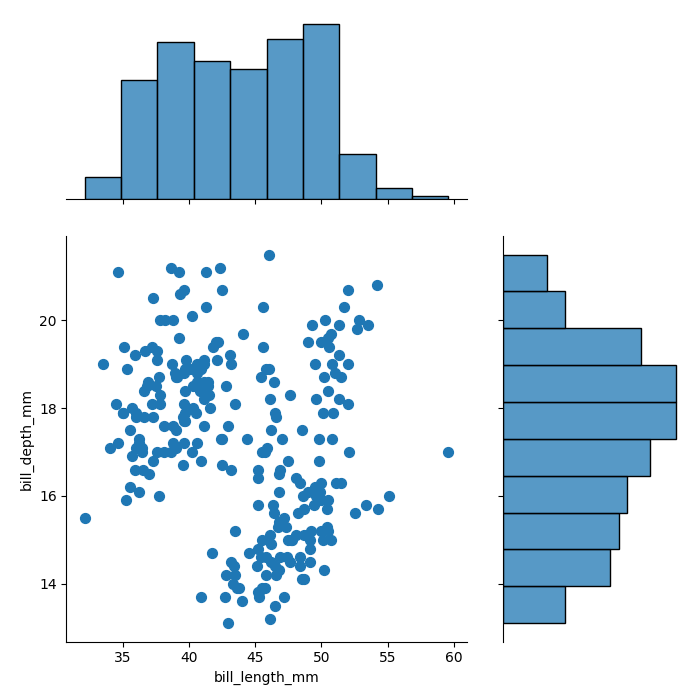
python, seaborn, jointplot, kind='scatter', height='7', ratio='2', marginal_ticks='False'